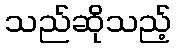
သည်ဆိုသည့်